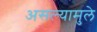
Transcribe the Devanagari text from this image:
असल्यामुले